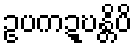
ဥပကဍ္ဎန္တိပိ